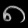
Digit: ၈